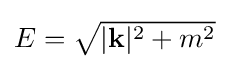
{\textstyle E={\sqrt {|{\mathbf {k} }|^{2}+m^{2}}}}